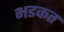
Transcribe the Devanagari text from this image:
भडकत